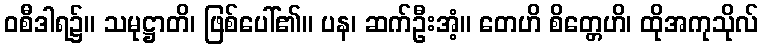
ဝစီဒါရ၌။ သမုဋ္ဌာတိ၊ ဖြစ်ပေါ်၏။ ပန၊ ဆက်ဦးအံ့။ တေဟိ စိတ္တေဟိ၊ ထိုအကုသိုလ်